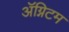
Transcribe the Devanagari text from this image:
ॲग्निटम